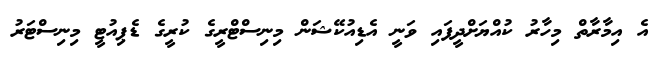
އެ އިމާރާތް މިހާރު ކުއްޔަށްދީފައި ވަނީ އެޑިއުކޭޝަން މިނިސްޓްރީގެ ކުރީގެ ޑެޕިއުޓީ މިނިސްޓަރު